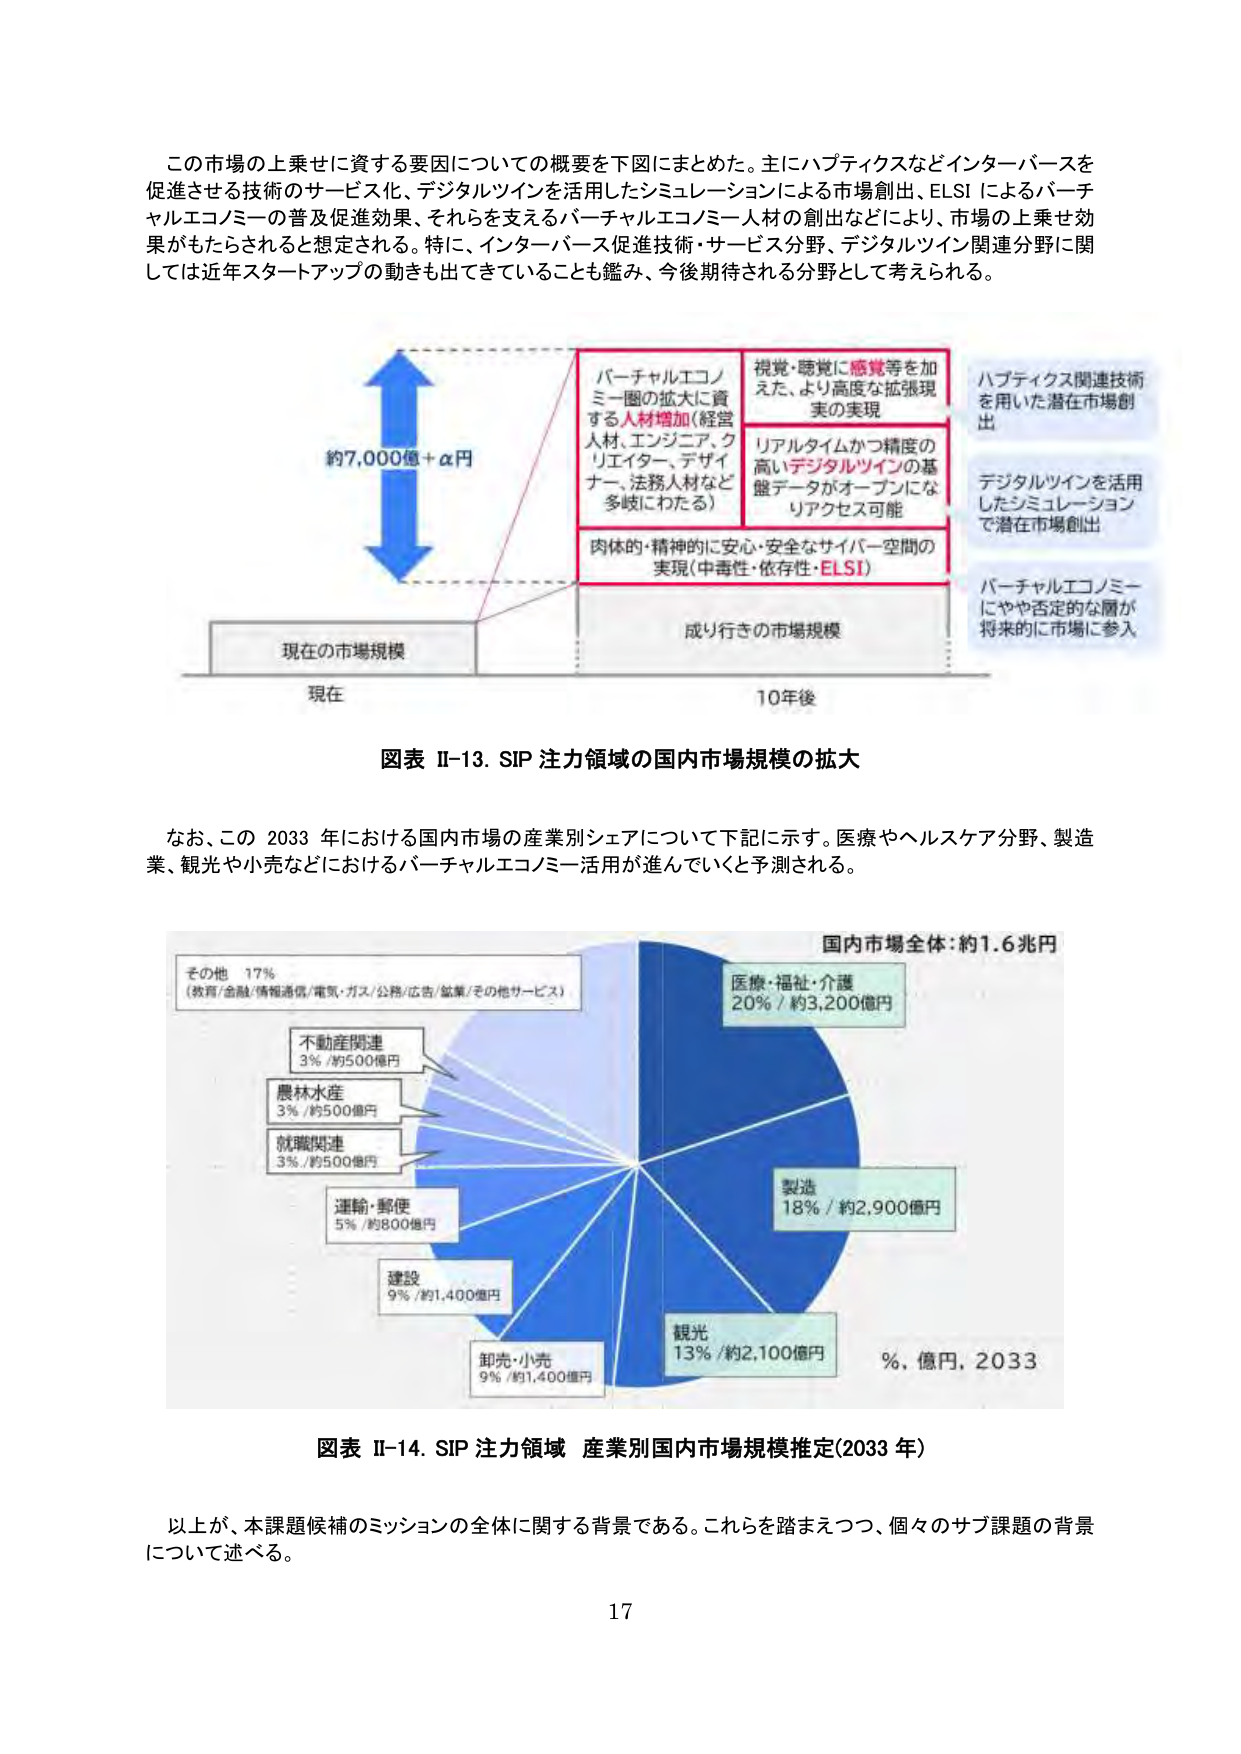
この市場の上乗せに資する要因についての概要を下図にまとめた。主にハプティクスなどインターバースを促進させる技術のサービス化、デジタルツインを活用したシミュレーションによる市場創出、ELSI によるバーチャルエコノミーの普及促進効果、それらを支えるバーチャルエコノミー人材の創出などにより、市場の上乗せ効果がもたらされると想定される。特に、インターバース促進技術・サービス分野、デジタルツイン関連分野に関しては近年スタートアップの動きも出てきていることも鑑み、今後期待される分野として考えられる。

約7,000億+α円

バーチャルエコノミー圏の拡大に資する人材増加（経営人材、エンジニア、クリエイター、デザイナー、法務人材など多岐にわたる）

視覚・聴覚に感覚等を加えた、より高度な拡張現実の実現

リアルタイムかつ精度の高いデジタルツインの基盤データがオープンになりアクセス可能

肉体的・精神的に安心・安全なサイバー空間の実現（中毒性・依存性・ELSI）

ハプティクス関連技術を用いた潜在市場創出

デジタルツインを活用したシミュレーションで潜在市場創出

バーチャルエコノミーにやや否定的な層が将来的に市場に参入

現在の市場規模

成り行きの市場規模

現在

10年後

図表 II-13. SIP 注力領域の国内市場規模の拡大

なお、この 2033 年における国内市場の産業別シェアについて下記に示す。医療やヘルスケア分野、製造業、観光や小売などにおけるバーチャルエコノミー活用が進んでいくと予測される。

国内市場全体：約1.6兆円

その他 17% （教育/金融/情報通信/電気・ガス/公務/広告/鉱業/その他サービス）

不動産関連 3% /約500億円

農林水産 3% /約500億円

就職関連 3% /約500億円

運輸・郵便 5% /約800億円

建設 9% /約1,400億円

卸売・小売 9% /約1,400億円

医療・福祉・介護 20% /約3,200億円

製造 18% /約2,900億円

観光 13% /約2,100億円

%，億円，2033

図表 II-14. SIP 注力領域 産業別国内市場規模推定(2033 年)

以上が、本課題候補のミッションの全体に関する背景である。これらを踏まえつつ、個々のサブ課題の背景について述べる。

17